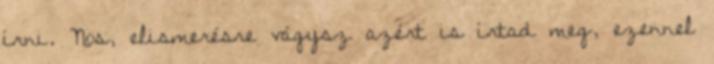
írni. Nos, elismerésre vágysz azért is írtad meg, ezennel